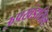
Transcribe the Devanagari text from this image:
ऊपखंडातिल